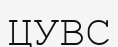
ЦУВС